Medical and sanitary report of the native army of Bengal for the year
Year: 1874
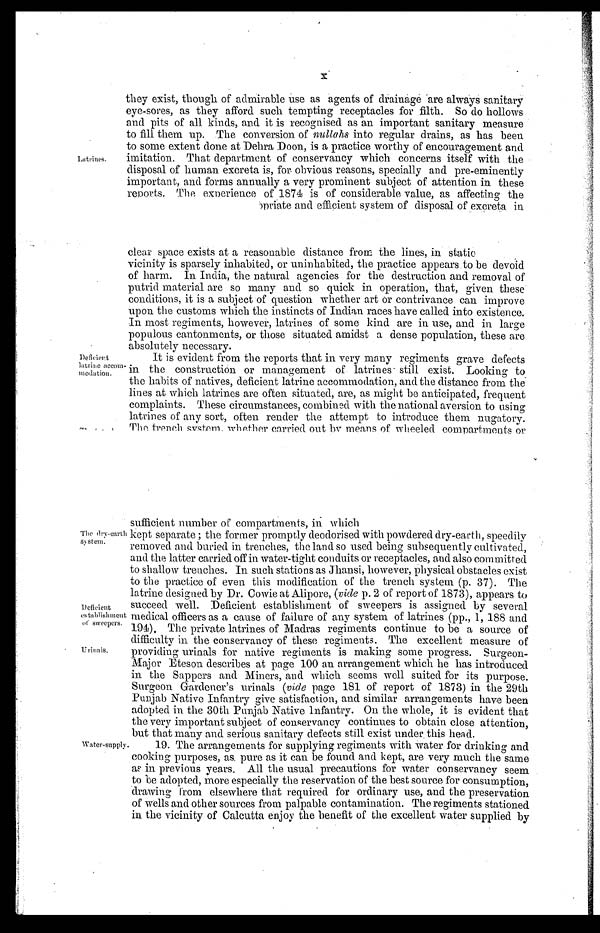
Deficient
establishment
of sweepers.
Urinals.
Latrines.
they exist, though of admirable use as agents of drainage are always sanitary
eye-sores, as they afford such tempting receptacles for filth. So do hollows
and pits of all kinds, and it is recognised as an important sanitary measure
to fill them up. The conversion of nullahs
into regular drains, as has been
to some extent done at Dehra Doon, is a practice worthy of encouragement and
imitation. That department of conservancy which concerns itself with the
disposal of human excreta is, for obvious reasons, specially and pre-eminently
important, and forms annually a very prominent subject of attention in these
reports. The experience of 1874 is of considerable value, as affecting the
opriate and efficient system of disposal of excreta in
Deficient
latrine accom-
modation.
clear space exists at a reasonable distance from the lines, in static
vicinity is sparsely inhabited, or uninhabited, the practice appears to be devoid
of harm. In India, the natural agencies for the destruction and removal of
putrid material are so many and so quick in operation, that, given these
conditions, it is a subject of question whether art or contrivance can improve
upon the customs which the instincts of Indian races have called into existence.
In most regiments, however, latrines of some kind are in use, and in large
populous cantonments, or those situated amidst a dense population, these are
absolutely necessary.
It is evident from the reports that in very many regiments grave defects
in the construction or management of latrines- still exist. Looking to
the habits of natives, deficient latrine accommodation, and the distance from the
lines at which latrines are often situated, are, as might be anticipated, frequent
complaints. These circumstances, combined with the national aversion to using
latrines of any sort, often render the attempt to introduce them nugatory.
The trench system whether carried out by means of wheeled compartments or
The dry-earth
system.
Water-supply.
sufficient number of compartments, in which
kept separate ; the former promptly deodorised with powdered dry-earth, speedily
removed and buried in trenches, the land so used being subsequently cultivated,
and the latter carried off in water-tight conduits or receptacles, and also committed
to shallow trenches. In such stations as Jhansi, however, physical obstacles exist
to the practice of even this modification of the trench system (p. 37). The
latrine designed by Dr. Cowie at Alipore, (vide p. 2 of report of 1873), appears to
succeed well. Deficient establishment of sweepers is assigned by several
medical officers as a cause of failure of any system of latrines (pp., 1, 188 and
194). The private latrines of Madras regiments continue to be a source of
difficulty in the conservancy of these regiments. The excellent measure of
providing urinals for native regiments is making some progress. Surgeon-
Major Eteson describes at page 100 an arrangement which he has introduced
in the Sappers and Miners, and which seems well suited for its purpose.
Surgeon Gardener's urinals (vide page 181 of report of 1873) in the 29th
Punjab Native Infantry give satisfaction, and similar arrangements have been
adopted in the 30th Punjab Native Infantry. On the whole, it is evident that
the very important subject of conservancy continues to obtain close attention,
but that many and serious sanitary defects still exist under this head.
19. The arrangements for supplying regiments with water for drinking and
cooking purposes, as pure as it can be found and kept, are very much the same
as in previous years. All the usual precautions for water conservancy seem
to be adopted, more especially the reservation of the best source for consumption,
drawing from elsewhere that required for ordinary use, and the preservation
of wells and other sources from palpable contamination. The regiments stationed
in the vicinity of Calcutta enjoy the benefit of the excellent water supplied by